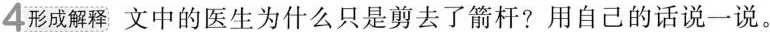
4形成解释 文中的医生为什么只是剪去了箭杆?用自己的话说一说。